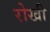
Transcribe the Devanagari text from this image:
रोखी